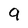
Character: 9